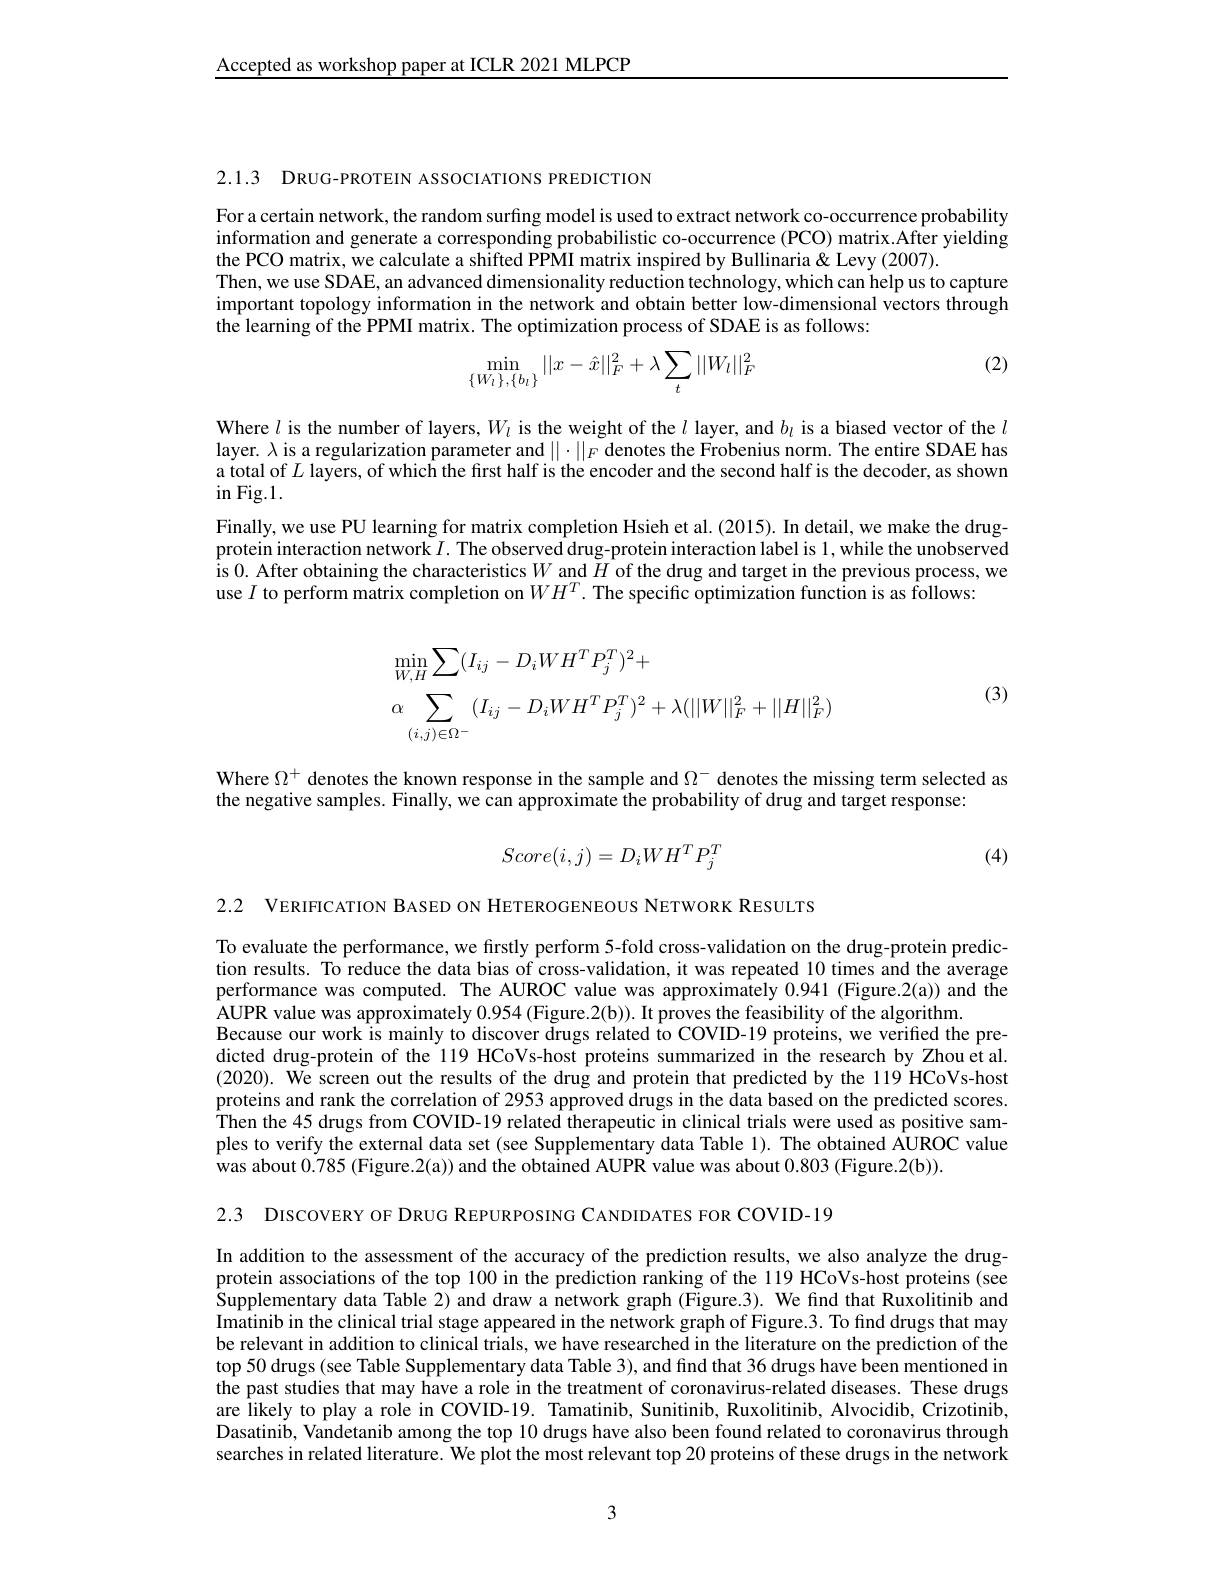
Accepted as workshop paper at ICLR 2021 MLPCP

2.1.3 DRUG-PROTEIN ASSOCIATIONS PREDICTION

For a certain network, the random surfing model is used to extract network co-occurrence probability information and generate a corresponding probabilistic co-occurrence (PCO) matrix.After yielding the PCO matrix, we calculate a shifted PPMI matrix inspired by Bullinaria& Levy (2007).
Then, we use SDAE, an advanced dimensionality reduction technology, which can help us to capture important topology information in the network and obtain better low-dimensional vectors through the learning of the PPMI matrix. The optimization process of SDAE is as follows:

(2)
$$\min_{\{W_l\},\{b_l\}}||x-\hat{x}||_F^2+\lambda\sum_t||W_l||_F^2$$
Where $l$ is the number of layers, $W_l$ is the weight of the $l$ layer, and $b_l$ is a biased vector of the $l$ layer. $\lambda$ is a regularization parameter and $||\cdot||_F$ denotes the Frobenius norm. The entire SDAE has a total of $L$ layers, of which the first half is the encoder and the second half is the decoder, as shown

$in$Fig.1.
Finally, we use PU learning for matrix completion Hsieh et al. (2015). In detail, we make the drugprotein interaction network $I.$ The observed drug-protein interaction label is 1, while the unobserved is 0. After obtaining the characteristics $W$ and $\tilde{H}$ of the drug and target in the previous process, we use $I$ to perform matrix completion on $WH^T.$ The specific optimization function is as follows:
$$\begin{aligned}&\min_{W,H}\sum(I_{ij}-D_{i}WH^{T}P_{j}^{T})^{2}+\\&\alpha\sum_{(i,j)\in\Omega^{-}}(I_{ij}-D_{i}WH^{T}P_{j}^{T})^{2}+\lambda(||W||_{F}^{2}+||H||_{F}^{2})\end{aligned}$$
(3)

Where $\Omega^+$ denotes the known response in the sample and $\Omega^-$ denotes the missing term selected as
the negative samples. Finally, we can approximate the probability of drug and target response:
$$Score(i,j)=D_iWH^TP_j^T$$
(4)

2.2 VERIFICATION BASED ON HETEROGENEOUS NETWORK RESULTS

To evaluate the performance, we firstly perform 5-fold cross-validation on the drug-protein prediction results. To reduce the data bias of cross-validation, it was repeated 10 times and the average performance was computed. The AUROC value was approximately 0.941 (Figure.2(a)) and the AUPR value was approximately $0.954\left(\text{Figure.2(b)).It proves the feasibility of the algorithm}\right.$
Because our work is mainly to discover drugs related to COVID-19 proteins, we verified the predicted drug-protein of the 119 HCoVs-host proteins summarized in the research by Zhou et al. (2020). We screen out the results of the drug and protein that predicted by the 119 HCoVs-host proteins and rank the correlation of 2953 approved drugs in the data based on the predicted scores. Then the 45 drugs from COVID-19 related therapeutic in clinical trials were used as positive samples to verify the external data set (see Supplementary data Table 1). The obtained AUROC value $\dot{\text{was about 0.785 (Figure.2(a)) and the obtained AUPR value was about 0.803 (Figure.2(b)).}}$

2.3 DISCOVERY OF DRUG REPURPOSING CANDIDATES FOR COVID-19

In addition to the assessment of the accuracy of the prediction results, we also analyze the drugprotein associations of the top 100 in the prediction ranking of the 119 HCoVs-host proteins (see $\hat{\text{Supplementary data Table 2) and draw a network graph (Figure.3). We find that Ruxolitinib and}}$ Imatinib in the clinical trial stage appeared in the network graph of Figure.3. To find drugs that may be relevant in addition to clinical trials, we have researched in the literature on the prediction of the top 50 drugs (see Table Supplementary data Table 3), and find that 36 drugs have been mentioned in the past studies that may have a role in the treatment of coronavirus-related diseases. These drugs are likely to play a role in COVID-19. Tamatinib, Sunitinib, Ruxolitinib, Alvocidib, Crizotinib, Dasatinib, Vandetanib among the top 10 drugs have also been found related to coronavirus through searches in related literature. We plot the most relevant top 20 proteins of these drugs in the network

3